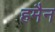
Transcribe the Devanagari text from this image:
हमैन